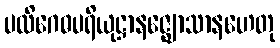
ပလိဂေဓပရိယုဋ္ဌာနဇ္ဈောသာနဟေတု